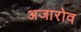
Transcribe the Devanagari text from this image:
अजारोव